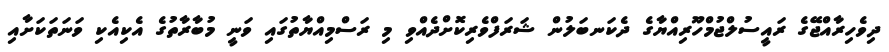
ދިވެހިރާއްޖޭގެ ރައީސުލްޖުމްހޫރިއްޔާގެ ދެކަނބަލުން ޝަރަފްވެރިކޮށްދެއްވި މި ރަސްމިއްޔާތުގައި ވަނީ މުބާރާތުގެ އެކިއެކި ވަނަތަކަށާއި